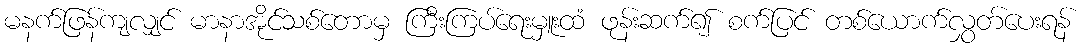
မနက်ဖြန်ကျလျှင် မာနာအိုင်သစ်တောမှ ကြီးကြပ်ရေးမှူးထံ ဖုန်းဆက်၍ စက်ပြင် တစ်ယောက်လွှတ်ပေးရန်